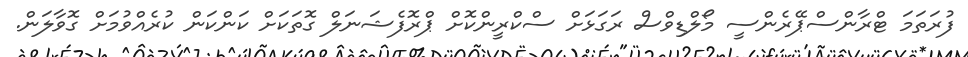
ފުރަތަމަ ޓްރާންސްޕޭރެންސީ މޯލްޑިވްސް ރަގަޅަށް ސްކްރީންކޮށް ޕްރޮފެޝަނަލް ގޮތަކަށް ކަންކަން ކުރެއްވުމަށް ގޮވާލަން.